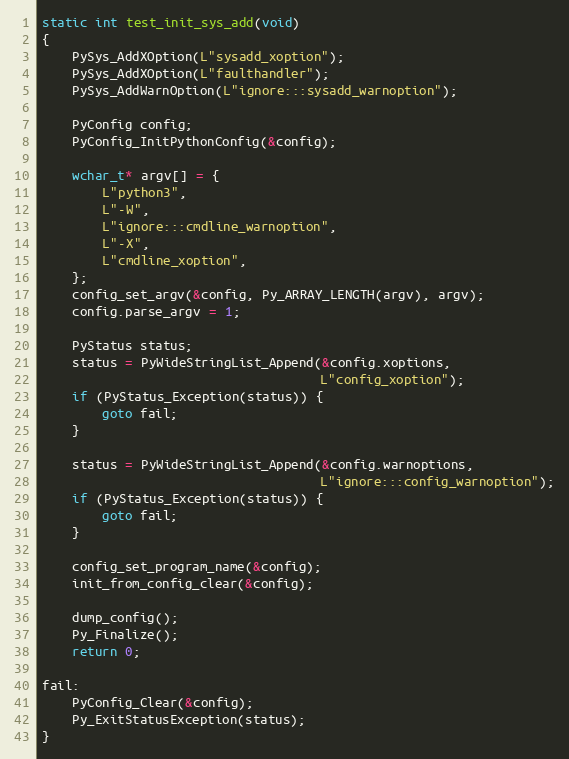
Language: C
static int test_init_sys_add(void)
{
    PySys_AddXOption(L"sysadd_xoption");
    PySys_AddXOption(L"faulthandler");
    PySys_AddWarnOption(L"ignore:::sysadd_warnoption");

    PyConfig config;
    PyConfig_InitPythonConfig(&config);

    wchar_t* argv[] = {
        L"python3",
        L"-W",
        L"ignore:::cmdline_warnoption",
        L"-X",
        L"cmdline_xoption",
    };
    config_set_argv(&config, Py_ARRAY_LENGTH(argv), argv);
    config.parse_argv = 1;

    PyStatus status;
    status = PyWideStringList_Append(&config.xoptions,
                                     L"config_xoption");
    if (PyStatus_Exception(status)) {
        goto fail;
    }

    status = PyWideStringList_Append(&config.warnoptions,
                                     L"ignore:::config_warnoption");
    if (PyStatus_Exception(status)) {
        goto fail;
    }

    config_set_program_name(&config);
    init_from_config_clear(&config);

    dump_config();
    Py_Finalize();
    return 0;

fail:
    PyConfig_Clear(&config);
    Py_ExitStatusException(status);
}